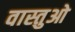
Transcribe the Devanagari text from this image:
वास्तुओ